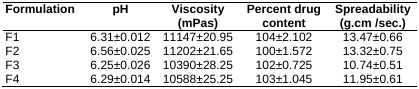
<table><thead><tr><td><b>Formulation</b></td><td><b>pH</b></td><td><b>Viscosity (mPas)</b></td><td><b>Percent drug content</b></td><td><b>Spreadability (g.cm /sec.)</b></td></tr></thead><tbody><tr><td>F1</td><td>6.31±0.012</td><td>11147±20.95</td><td>104±2.102</td><td>13.47±0.66</td></tr><tr><td>F2</td><td>6.56±0.025</td><td>11202±21.65</td><td>100±1.572</td><td>13.32±0.75</td></tr><tr><td>F3</td><td>6.25±0.026</td><td>10390±28.25</td><td>102±0.725</td><td>10.74±0.51</td></tr><tr><td>F4</td><td>6.29±0.014</td><td>10588±25.25</td><td>103±1.045</td><td>11.95±0.61</td></tr></tbody></table>